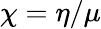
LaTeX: \chi=\eta/\mu